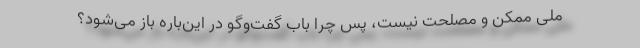
ملّی ممکن و مصلحت نیست، پس چرا بابِ گفت‌وگو در این‌باره باز می‌شود؟